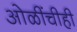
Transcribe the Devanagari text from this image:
ओळींचीही